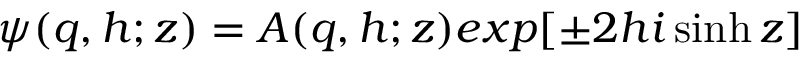
\psi ( q , h ; z ) = A ( q , h ; z ) e x p [ \pm 2 h i \sinh z ]